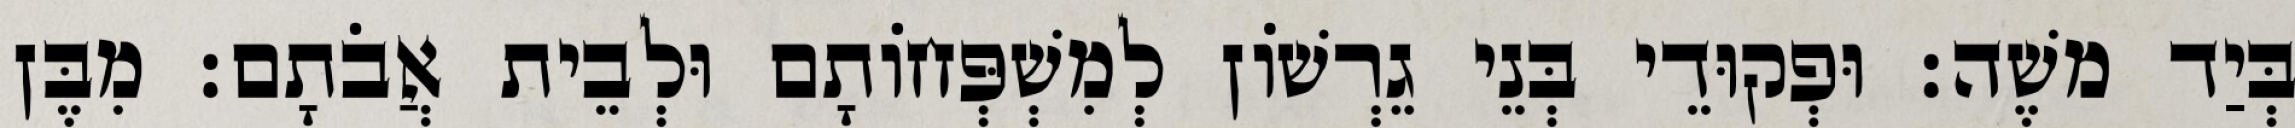
בְּיַד משֶׁה׃ וּפְקוּדֵי בְּנֵי גֵרְשׁוֹן לְמִשְׁפְּחוֹתָם וּלְבֵית אֲבֹתָם׃ מִבֶּן